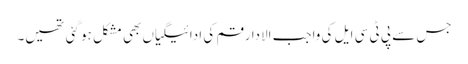
جس سے پی ٹی سی ایل کی واجب الادا رقم کی ادائیگیاں بھی مشکل ہو گئی تھیں۔